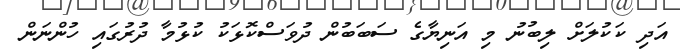
އަދި ކަކުލަށް ލިބުނު މި އަނިޔާގެ ސަބަބުން ދުވަސްކޮޅަކު ކުޅުމާ ދުރުގައި ހުންނަން